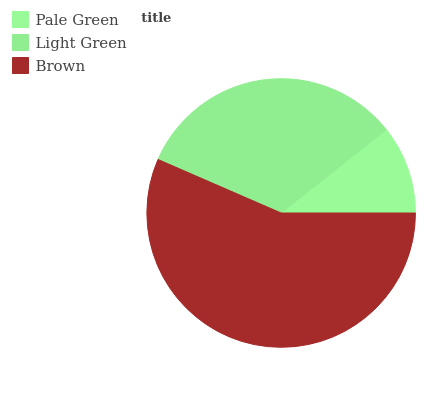
| Pale Green | Light Green | Brown |
 | --- | --- | --- |
 | 10.7% | 32.8% | 56.5% |